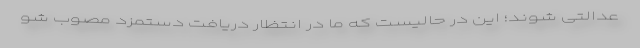
‌عدالتی شوند؛ این در حالیست که ما در انتظار دریافت دستمزد مصوب شو